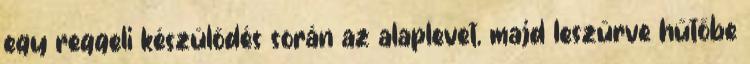
egy reggeli készülődés során az alaplevet, majd leszűrve hűtőbe